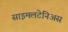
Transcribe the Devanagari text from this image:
साइमलटेनिअस